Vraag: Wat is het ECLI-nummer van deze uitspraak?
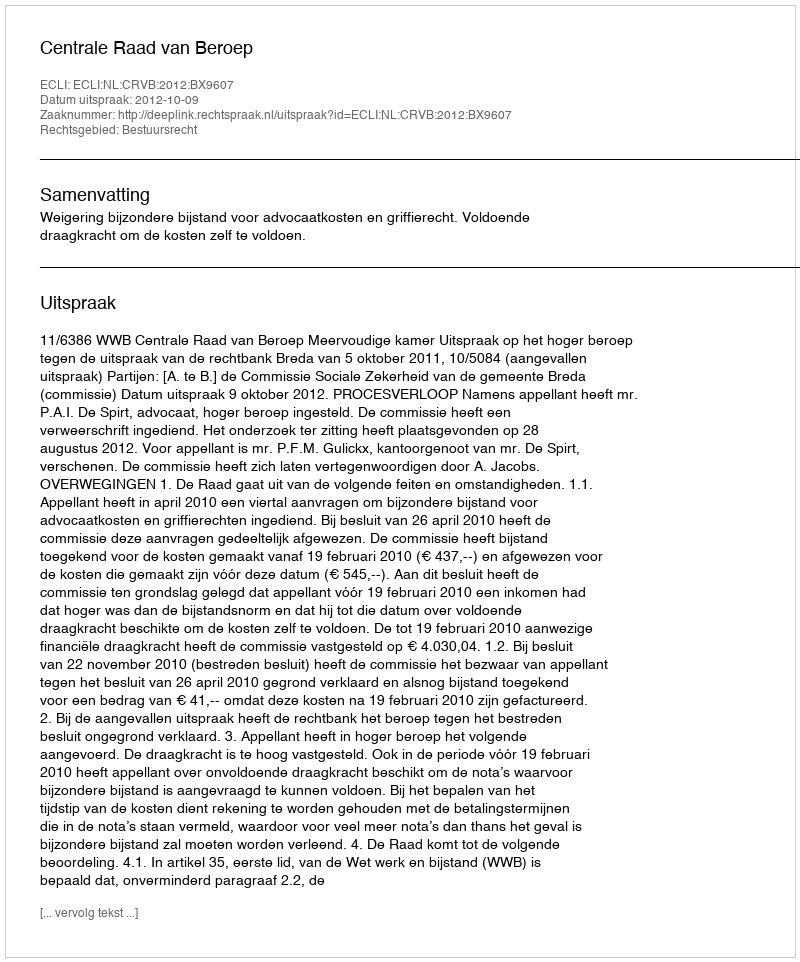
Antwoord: ECLI:NL:CRVB:2012:BX9607